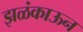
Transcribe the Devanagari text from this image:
झळंकाऊन